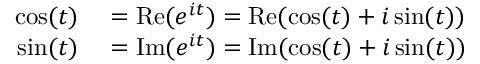
\begin{array} { r l } { \cos ( t ) } & { { } = \operatorname { R e } ( e ^ { i t } ) = \operatorname { R e } ( \cos ( t ) + i \sin ( t ) ) } \\ { \sin ( t ) } & { { } = \operatorname { I m } ( e ^ { i t } ) = \operatorname { I m } ( \cos ( t ) + i \sin ( t ) ) } \end{array}